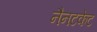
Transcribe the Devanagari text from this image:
नैनटकेट